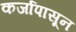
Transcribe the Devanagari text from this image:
कर्जापासून